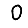
Digit: 0